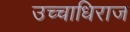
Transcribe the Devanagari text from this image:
उच्चाधिराज